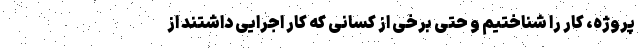
پروژه، کار را شناختیم و حتی برخی از کسانی که کار اجرایی داشتند از